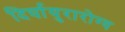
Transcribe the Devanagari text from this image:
दिर्घायुरारोग्य